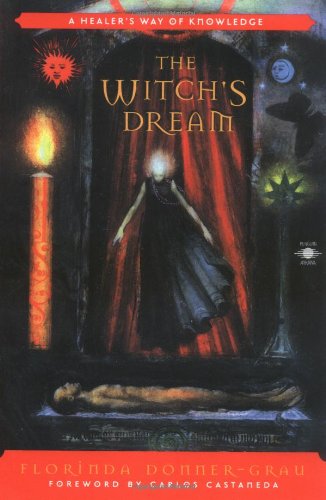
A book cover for The Witch's Dream: A Healer's Way of Knowledge (Compass); Florinda Donner-Grau; Self-Help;